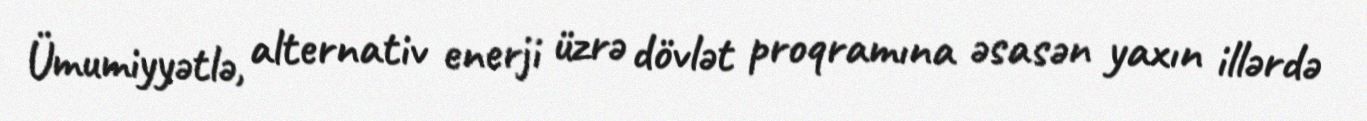
Ümumiyyətlə, alternativ enerji üzrə dövlət proqramına əsasən yaxın illərdə